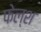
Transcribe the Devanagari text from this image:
फेल्श